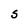
Character: S